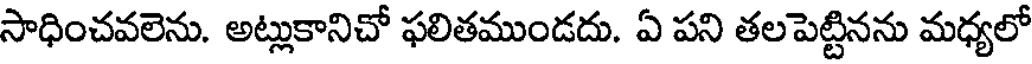
సాధించవలెను. అట్లుకానిచో ఫలితముండదు. ఏ పని తలపెట్టినను మధ్యలో